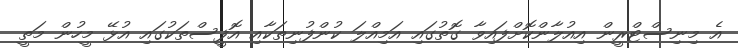
އެ މިނިސްޓްރީން އިއުލާންކޮށްފައިވާ ގޮތުގައި އަމިއްލަ ކުންފުނިތަކާއި އޮފީސްތަކުގައި އުޅޭ މީހުން މަތީ